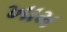
ખામ